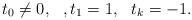
\begin{align*}t_{0}\neq 0,\,\,\,\,,t_{1}=1, \,\,\,\,t_{k}=-1. \end{align*}